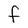
Character: F